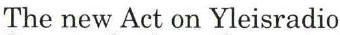
The new Act on Yleisradio